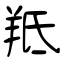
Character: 羝